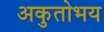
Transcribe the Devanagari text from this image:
अकुतोभय